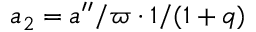
a _ { 2 } = a ^ { \prime \prime } / \varpi \cdot 1 / ( 1 + q )